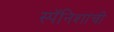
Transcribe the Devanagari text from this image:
स्पॅनिशांची